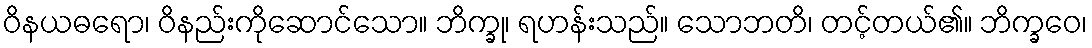
ဝိနယဓရော၊ ဝိနည်းကိုဆောင်သော။ ဘိက္ခု၊ ရဟန်းသည်။ သောဘတိ၊ တင့်တယ်၏။ ဘိက္ခဝေ၊